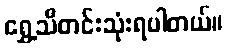
ရွှေ့သီတင်းသုံးရပါတယ်။